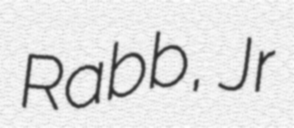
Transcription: Rabb, Jr